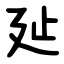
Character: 㢟